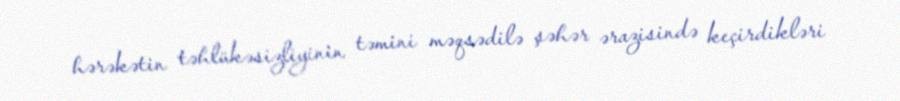
hərəkətin təhlükəsizliyinin təmini məqsədilə şəhər ərazisində keçirdikləri